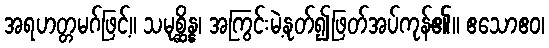
အရဟတ္တမဂ်ဖြင့်။ သမုစ္ဆိန္န၊ အကြွင်းမဲ့နုတ်၍ဖြတ်အပ်ကုန်၏။ ဧသောဧဝ၊